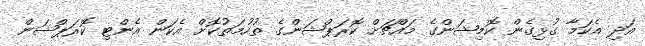
އަދި އެކަމާ ގުޅިގެން ކޮމިޝަންގެ މައްޗަށް ކޮރަޕްޝަންގެ ތުހުމަތުކޮށް އެކަން އެންޓި ކޮރަޕްޝަން